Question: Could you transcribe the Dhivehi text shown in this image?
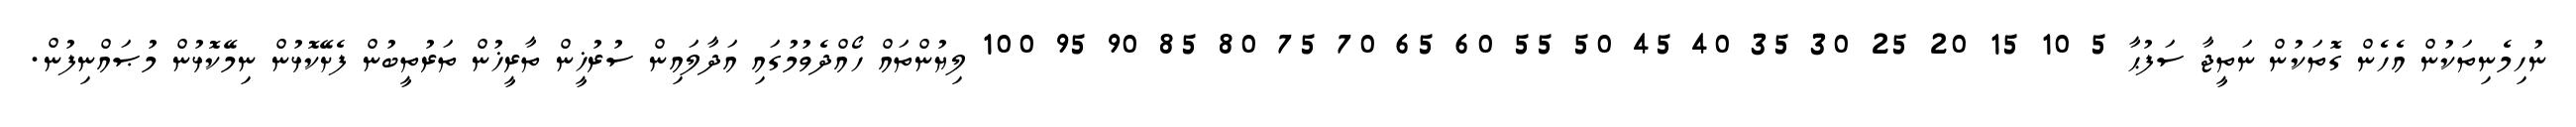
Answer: ނުހިމެނިތަކުން އެހެން ގޮތަކުން ނަތީޖާ ސަފުޙާ 5 10 15 20 25 30 35 40 45 50 55 60 65 70 75 80 85 90 95 100 ލިޔުންތައް ހޯއްދެވުމުގައި އަދާލައިން ސުރުޚީން ތާރީޚުން ތަރުތީބުން ފެށޭކޮޅުން ނިމޭކޮޅުން މުޞައްނިފުން.